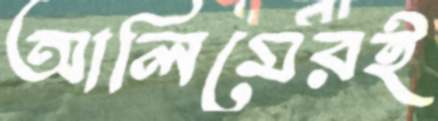
আলিমেরই